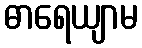
ဓာရေယျာမ